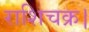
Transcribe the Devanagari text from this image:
राशिचक्र।